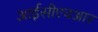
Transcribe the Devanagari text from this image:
आईसीएचआर